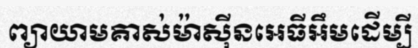
ព្យាយាមគាស់ម៉ាស៊ីនអេធីអឹមដើម្បី